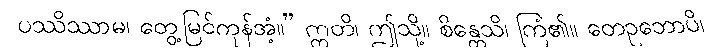
ပဿိဿာမ၊ တွေ့မြင်ကုန်အံ့။” ဣတိ၊ ဤသို့။ စိန္တေသိ၊ ကြံ၏။ တေဥဘောပိ၊